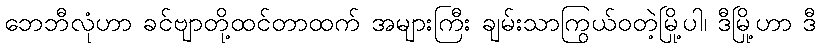
ဘေဘီလုံဟာ ခင်ဗျာတို့ထင်တာထက် အများကြီး ချမ်းသာကြွယ်ဝတဲ့မြို့ပါ၊ ဒီမြို့ဟာ ဒီ